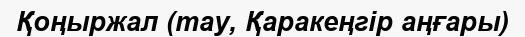
Қоңыржал (тау, Қаракеңгір аңғары)